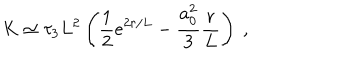
K \simeq \tau _ { 3 } L ^ { 2 } \left( \frac { 1 } { 2 } e ^ { 2 r / L } - \frac { a _ { 0 } ^ { 2 } } { 3 } \frac { r } { L } \right) \ ,